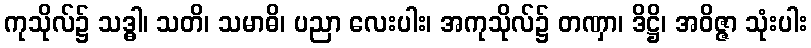
ကုသိုလ်၌ သဒ္ဓါ၊ သတိ၊ သမာဓိ၊ ပညာ လေးပါး၊ အကုသိုလ်၌ တဏှာ၊ ဒိဋ္ဌိ၊ အဝိဇ္ဇာ သုံးပါး